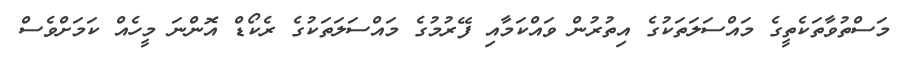
މަސްތުވާތަކެތީގެ މައްސަލަތަކުގެ އިތުރުން ވައްކަމާއި ފޭރުމުގެ މައްސަލަތަކުގެ ރެކޯޑް އޮންނަ މީހެއް ކަމަށްވެސް